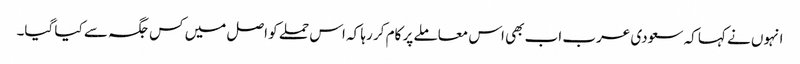
انہوں نے کہا کہ سعودی عرب اب بھی اس معاملے پر کام کر رہا کہ اس حملے کو اصل میں کس جگہ سے کیا گیا۔